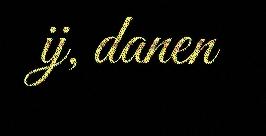
ij, danen